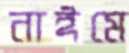
নাঈমে